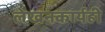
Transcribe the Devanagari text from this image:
लेखनकार्यही